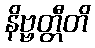
နိဗ္ဗတ္တီတိ